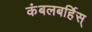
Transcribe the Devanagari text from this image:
कंबलबर्हिस्